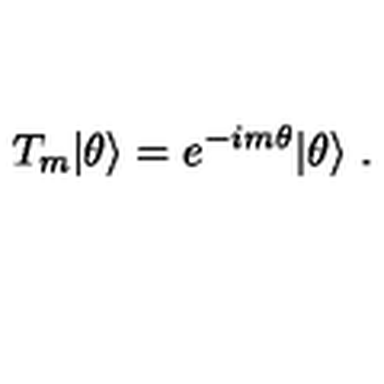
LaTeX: T _ { m } | \theta \rangle = e ^ { - i m \theta } | \theta \rangle \ .